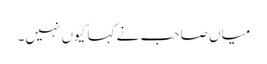
میاں صاحب نے کہا کیوں نہیں۔